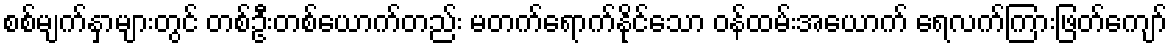
စစ်မျက်နှာများတွင် တစ်ဦးတစ်ယောက်တည်း မတက်ရောက်နိုင်သော ဝန်ထမ်းအယောက် ရေလက်ကြားဖြတ်ကျော်